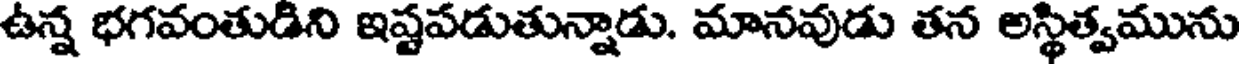
ఉన్న భగవంతుడిని ఇష్టపడుతున్నాడు. మానవుడు తన అస్థిత్వమును